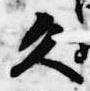
久